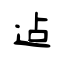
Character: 迠